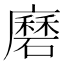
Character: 𭚇